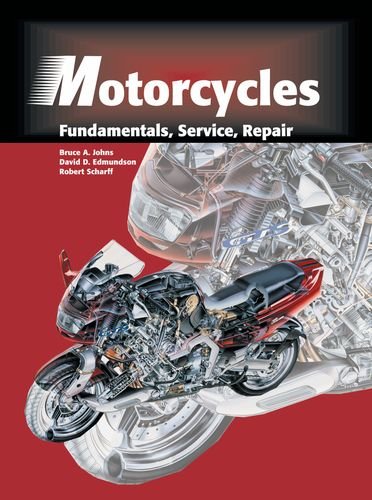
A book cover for Motorcycles: Fundamentals, Service, Repair; Bruce A. Johns; Engineering & Transportation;